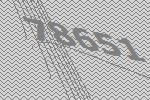
78651